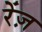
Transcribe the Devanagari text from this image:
रेंज़